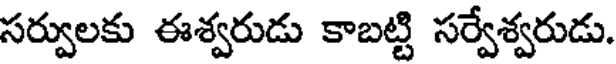
సర్వులకు ఈశ్వరుడు కాబట్టి సర్వేశ్వరుడు.